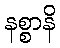
နစ္စာနိ